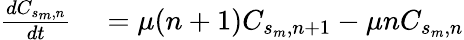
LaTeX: \begin{array}{rl}{\frac{dC_{s_{m},n}}{dt}}&{{}=\mu(n+1)C_{s_{m},n+1}-{\mu}nC_{s_{m},n}}\end{array}